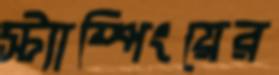
স্ট্যাম্পিংয়ের